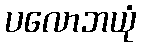
ပလောဘယုံ